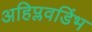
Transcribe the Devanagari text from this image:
अहिप्लवडिंभ